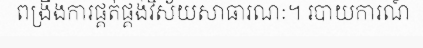
ពង្រឹងការផ្គត់ផ្គង់វិស័យសាធារណៈ។ របាយការណ៍